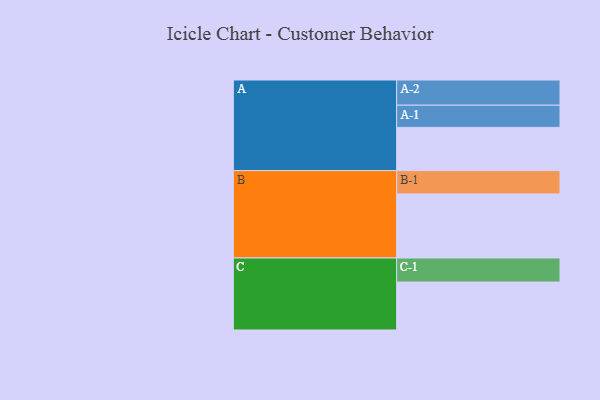
{"axis": {"x": "Segment", "y": "Value"}, "legend": ["", "A", "B", "C"], "data": [{"x": "A", "y": 374, "type": ""}, {"x": "B", "y": 554, "type": ""}, {"x": "C", "y": 415, "type": ""}, {"x": "A-1", "y": 192, "type": "A"}, {"x": "A-2", "y": 218, "type": "A"}, {"x": "B-1", "y": 202, "type": "B"}, {"x": "C-1", "y": 208, "type": "C"}]}